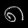
Digit: ၈